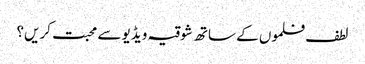
لطف فلموں کے ساتھ شوقیہ ویڈیو سے محبت کریں؟